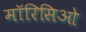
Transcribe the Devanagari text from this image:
मॉरिसिओ